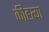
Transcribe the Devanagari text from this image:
कीहत्या